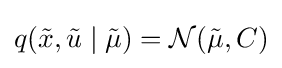
q({\tilde {x}},{\tilde {u}}\mid {\tilde {\mu }})={\mathcal {N}}({\tilde {\mu }},C)